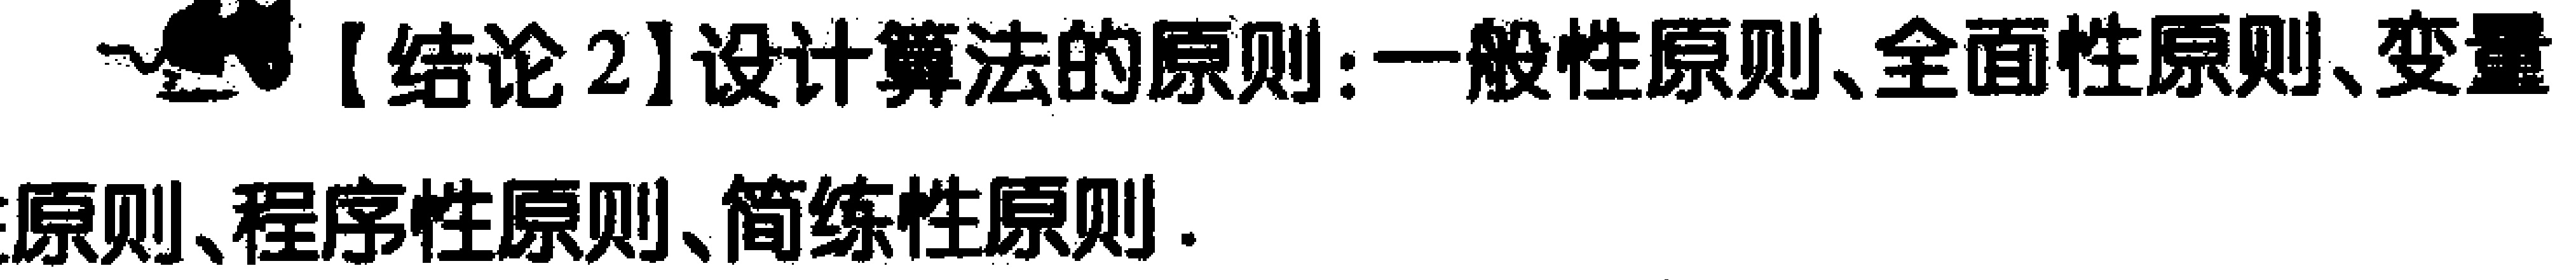
【结论2】设计算法的原则：一般性原则、全面性原则、变量原则、程序性原则、简练性原则.